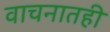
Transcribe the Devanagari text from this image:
वाचनातही